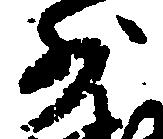
少